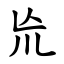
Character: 㠩